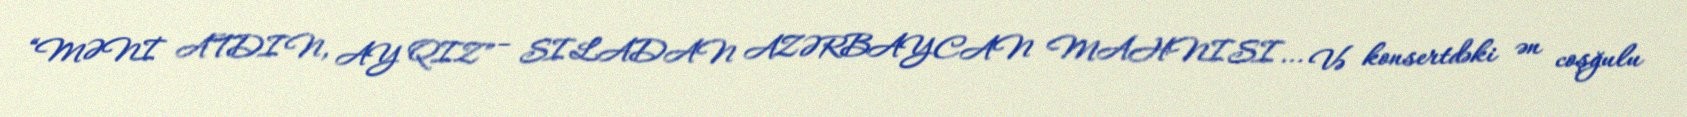
“MƏNİ ATDIN, AY QIZ” – SILADAN AZƏRBAYCAN MAHNISI... Və konsertdəki ən coşğulu